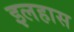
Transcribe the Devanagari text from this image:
इलहास